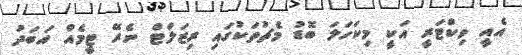
އެއީ ވިކްޓަރީ އަކީ މިކަހަލަ ބޮޑު މެޗުތަކުގައި ރިޒަލްޓް ނެރޭ ޓީމެއް އަބަދު